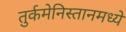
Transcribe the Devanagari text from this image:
तुर्कमेनिस्तानमध्ये